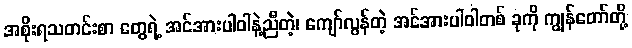
အစိုးရသတင်းစာ တွေရဲ့ အင်အားပါဝါနဲ့ညီတဲ့၊ ကျော်လွန်တဲ့ အင်အားပါဝါတစ် ခုကို ကျွန်တော်တို့